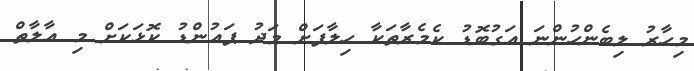
މިހާރު ލިބެންހުންނަ އަގުބޮޑު ކެމެރާތަކާ ހިލާފަށް މަދު ޕައުންޑު ކޮޅަކަށް މި އާލާތް